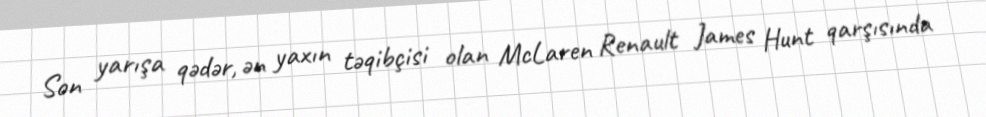
Son yarışa qədər, ən yaxın təqibçisi olan McLaren Renault James Hunt qarşısında